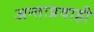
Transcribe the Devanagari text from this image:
अन्तःप्रवाही